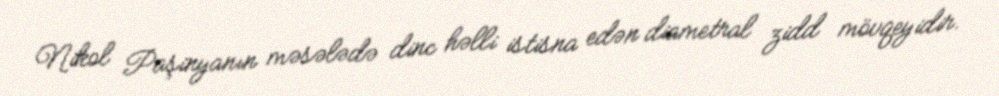
Nikol Paşinyanın məsələdə dinc həlli istisna edən diametral zidd mövqeyidir.